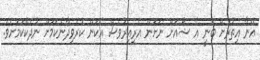
އޭނާ އިތުރަށް ބުނީ އެ ޝޯއަށް ނަށަން އެރިއިރުވެސް އެކަން ކުރެވިދާނެކަމަށް ނުދެކޭކަމަށެވެ.